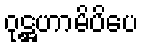
ဝုဋ္ဌဟာမိပိပေ